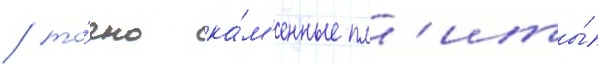
/ то́чно ка́м'енные пл'иты́